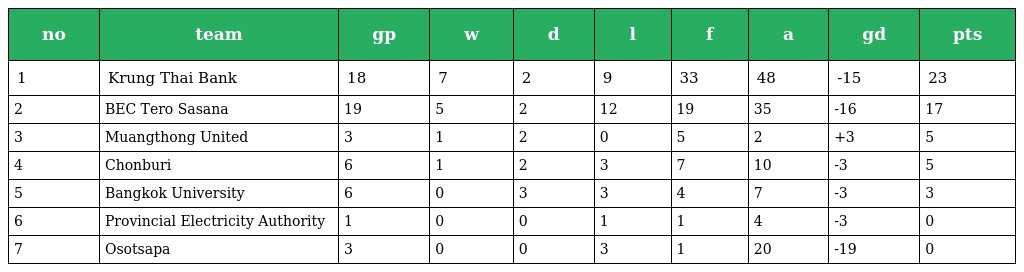
| no | team | gp | w | d | l | f | a | gd | pts |
 | --- | --- | --- | --- | --- | --- | --- | --- | --- | --- |
 | 1 | Krung Thai Bank | 18 | 7 | 2 | 9 | 33 | 48 | -15 | 23 |
 | 2 | BEC Tero Sasana | 19 | 5 | 2 | 12 | 19 | 35 | -16 | 17 |
 | 3 | Muangthong United | 3 | 1 | 2 | 0 | 5 | 2 | +3 | 5 |
 | 4 | Chonburi | 6 | 1 | 2 | 3 | 7 | 10 | -3 | 5 |
 | 5 | Bangkok University | 6 | 0 | 3 | 3 | 4 | 7 | -3 | 3 |
 | 6 | Provincial Electricity Authority | 1 | 0 | 0 | 1 | 1 | 4 | -3 | 0 |
 | 7 | Osotsapa | 3 | 0 | 0 | 3 | 1 | 20 | -19 | 0 |